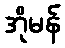
အိုမန်